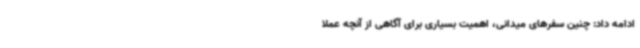
ادامه داد: چنین سفرهای میدانی، اهمیت بسیاری برای آگاهی از آنچه عملاً